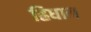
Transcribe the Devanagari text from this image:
ह्रिधान